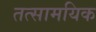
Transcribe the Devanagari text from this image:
तत्सामयिक